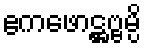
ဧကဖောဋ္ဌဗ္ဗမ္ပိ